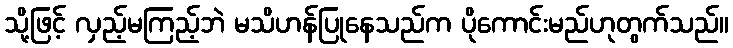
သို့ဖြင့် လှည့်မကြည့်ဘဲ မသိဟန်ပြုနေသည်က ပိုကောင်းမည်ဟုတွက်သည်။